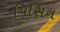
પિસિન